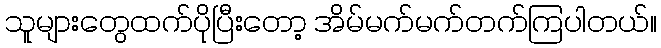
သူများတွေထက်ပိုပြီးတော့ အိမ်မက်မက်တက်ကြပါတယ်။